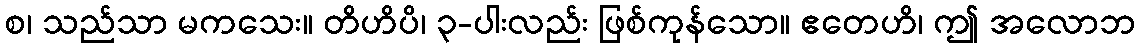
စ၊ သည်သာ မကသေး။ တိဟိပိ၊ ၃-ပါးလည်း ဖြစ်ကုန်သော။ ဧတေဟိ၊ ဤ အလောဘ